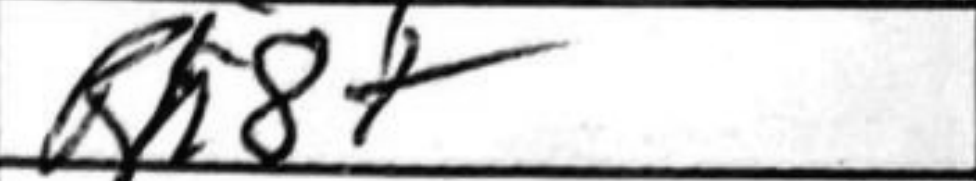
Transcription: Rh8+